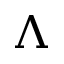
\Lambda